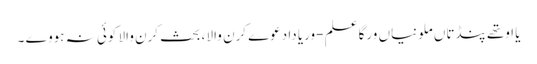
یا اوتھے پنڈتاں ملونیاں ورگا علم -وریا دا دعوے کرن والا ، بحث کرن والا کوئی نہ ہووے ۔